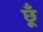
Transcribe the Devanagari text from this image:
छूँ